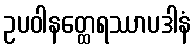
ဥပဝါနတ္ထေရဿာပဒါနံ